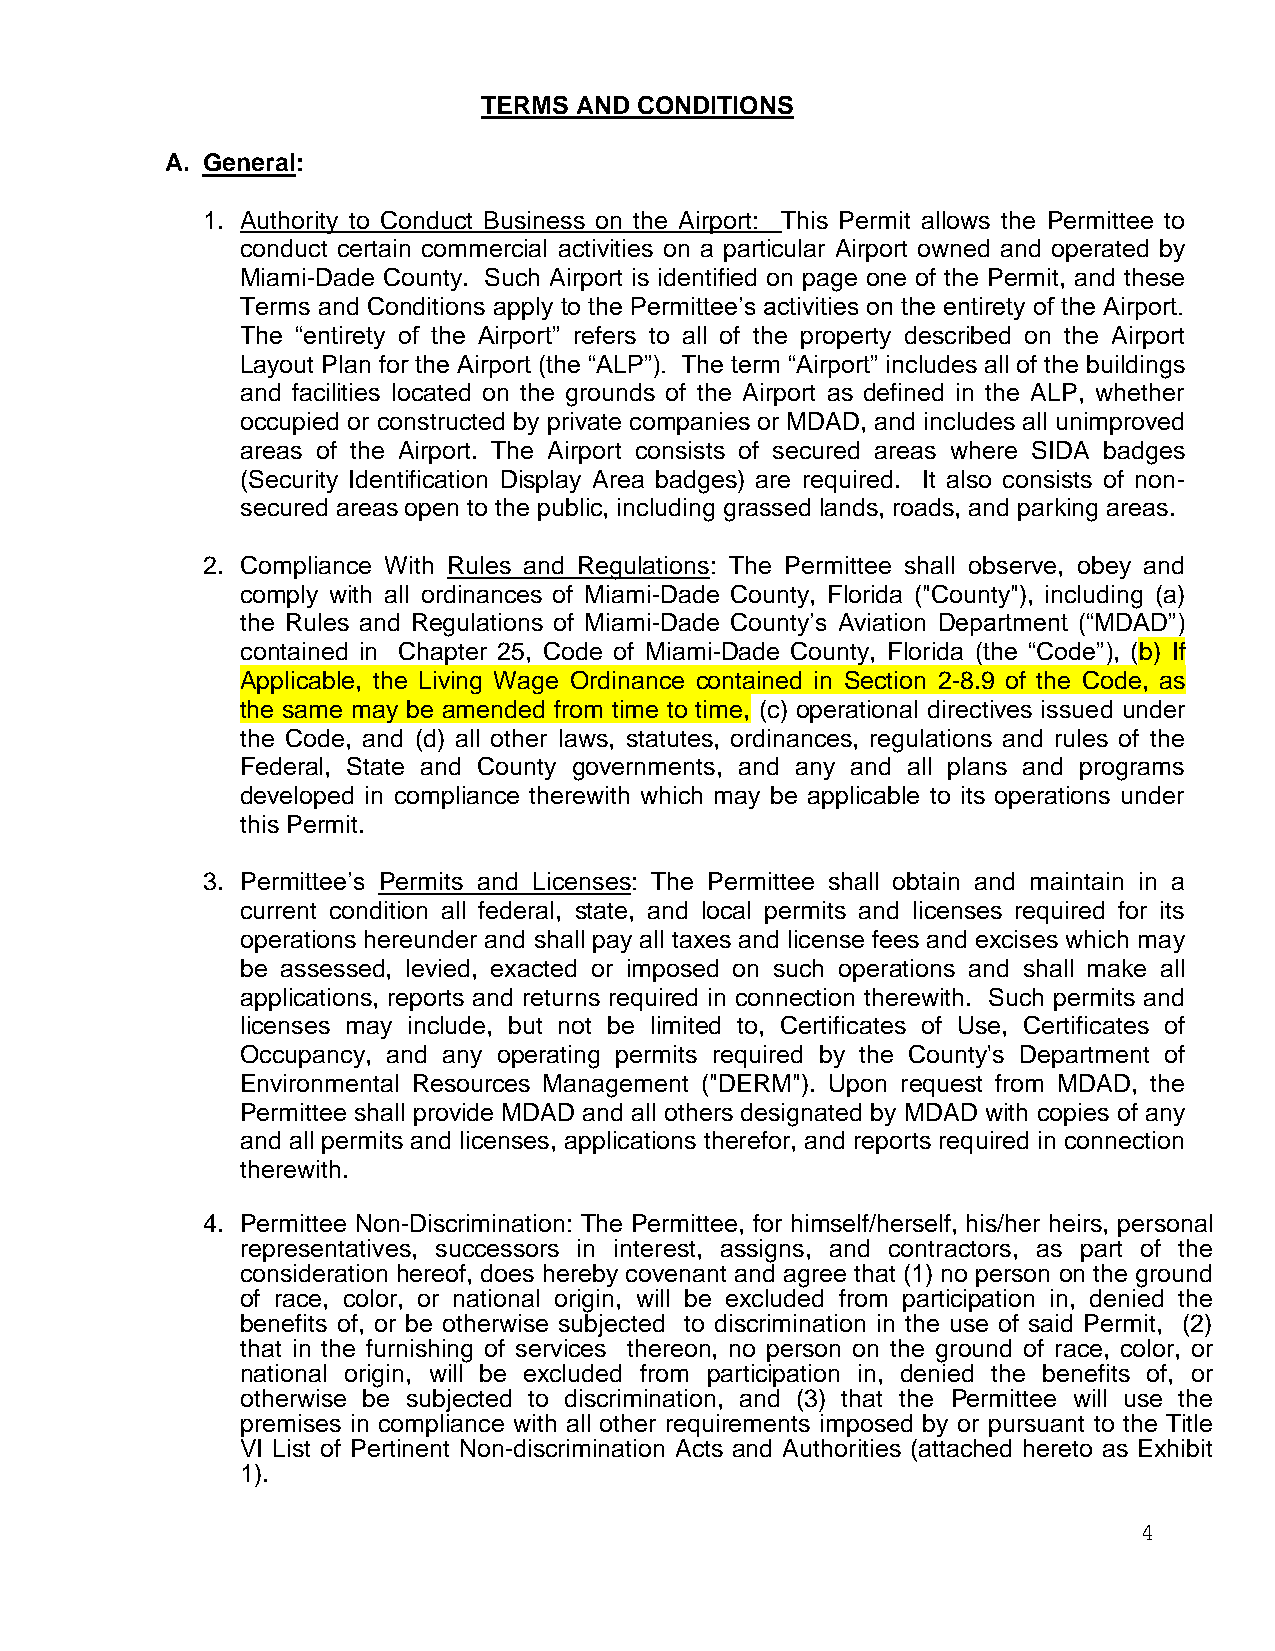
TERMS AND CONDITIONS
 A. General:
 1. Authority to Conduct Business on the Airport: This Permit allows the Permittee to
 conduct certain commercial activities on a particular Airport owned and operated by
 Miami-Dade County. Such Airport is identified on page one of the Permit, and these
 Terms and Conditions apply to the Permittee’s activities on the entirety of the Airport.
 The “entirety of the Airport” refers to all of the property described on the Airport
 Layout Plan for the Airport (the “ALP”). The term “Airport” includes all of the buildings
 and facilities located on the grounds of the Airport as defined in the ALP, whether
 occupied or constructed by private companies or MDAD, and includes all unimproved
 areas of the Airport. The Airport consists of secured areas where SIDA badges
 (Security Identification Display Area badges) are required. It also consists of non-
 secured areas open to the public, including grassed lands, roads, and parking areas.
 2. Compliance With Rules and Regulations: The Permittee shall observe, obey and
 comply with all ordinances of Miami-Dade County, Florida ("County"), including (a)
 the Rules and Regulations of Miami-Dade County’s Aviation Department (“MDAD”)
 contained in Chapter 25, Code of Miami-Dade County, Florida (the “Code”), (b) If
 Applicable, the Living Wage Ordinance contained in Section 2-8.9 of the Code, as
 the same may be amended from time to time, (c) operational directives issued under
 the Code, and (d) all other laws, statutes, ordinances, regulations and rules of the
 Federal, State and County governments, and any and all plans and programs
 developed in compliance therewith which may be applicable to its operations under
 this Permit.
 3. Permittee’s Permits and Licenses: The Permittee shall obtain and maintain in a
 current condition all federal, state, and local permits and licenses required for its
 operations hereunder and shall pay all taxes and license fees and excises which may
 be assessed, levied, exacted or imposed on such operations and shall make all
 applications, reports and returns required in connection therewith. Such permits and
 licenses may include, but not be limited to, Certificates of Use, Certificates of
 Occupancy, and any operating permits required by the County's Department of
 Environmental Resources Management ("DERM"). Upon request from MDAD, the
 Permittee shall provide MDAD and all others designated by MDAD with copies of any
 and all permits and licenses, applications therefor, and reports required in connection
 therewith.
 4. Permittee Non-Discrimination: The Permittee, for himself/herself, his/her heirs, personal
 representatives, successors in interest, assigns, and contractors, as part of the
 consideration hereof, does hereby covenant and agree that (1) no person on the ground
 of race, color, or national origin, will be excluded from participation in, denied the
 benefits of, or be otherwise subjected to discrimination in the use of said Permit, (2)
 that in the furnishing of services thereon, no person on the ground of race, color, or
 national origin, will be excluded from participation in, denied the benefits of, or
 otherwise be subjected to discrimination, and (3) that the Permittee will use the
 premises in compliance with all other requirements imposed by or pursuant to the Title
 VI List of Pertinent Non-discrimination Acts and Authorities (attached hereto as Exhibit
 1).
 4